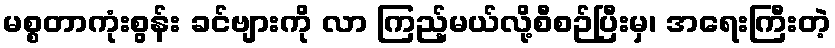
မစ္စတာကုံးစွန်း ခင်ဗျားကို လာ ကြည့်မယ်လို့စီစဉ်ပြီးမှ၊ အရေးကြီးတဲ့